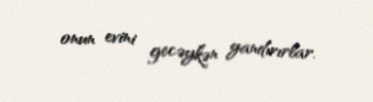
onun evini gecəykən yandırırlar.